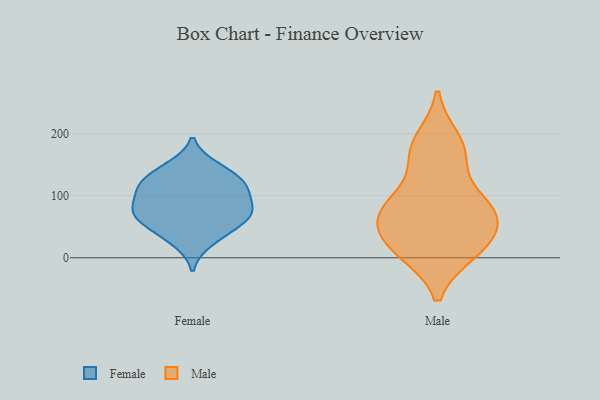
{"axis": {"x": "Latency (ms)", "y": "Value"}, "legend": ["Female", "Male"], "data": [{"x": "", "y": 147, "type": "Female"}, {"x": "", "y": 120, "type": "Female"}, {"x": "", "y": 75, "type": "Female"}, {"x": "", "y": 108, "type": "Female"}, {"x": "", "y": 117, "type": "Female"}, {"x": "", "y": 141, "type": "Female"}, {"x": "", "y": 57, "type": "Female"}, {"x": "", "y": 64, "type": "Female"}, {"x": "", "y": 116, "type": "Female"}, {"x": "", "y": 79, "type": "Female"}, {"x": "", "y": 70, "type": "Female"}, {"x": "", "y": 25, "type": "Female"}, {"x": "", "y": 41, "type": "Female"}, {"x": "", "y": 89, "type": "Female"}, {"x": "", "y": 188, "type": "Male"}, {"x": "", "y": 75, "type": "Male"}, {"x": "", "y": 17, "type": "Male"}, {"x": "", "y": 167, "type": "Male"}, {"x": "", "y": 84, "type": "Male"}, {"x": "", "y": 80, "type": "Male"}, {"x": "", "y": 11, "type": "Male"}, {"x": "", "y": 77, "type": "Male"}, {"x": "", "y": 16, "type": "Male"}, {"x": "", "y": 166, "type": "Male"}, {"x": "", "y": 31, "type": "Male"}, {"x": "", "y": 66, "type": "Male"}]}